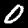
Label: 0